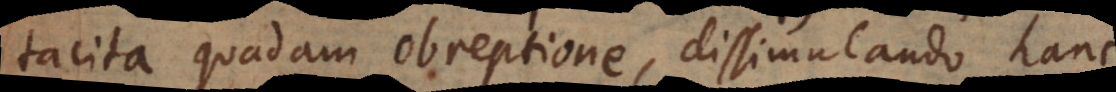
tacita quadam obreptione, dissimulando hanc